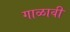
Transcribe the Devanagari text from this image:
गाळावी